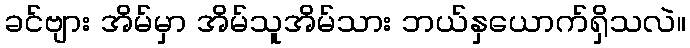
ခင်ဗျား အိမ်မှာ အိမ်သူအိမ်သား ဘယ်နှယောက်ရှိသလဲ။